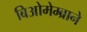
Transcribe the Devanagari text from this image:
बिओमेम्ब्राने